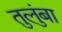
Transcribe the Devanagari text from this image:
तुलुंबा